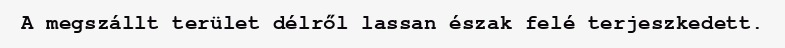
A megszállt terület délről lassan észak felé terjeszkedett.